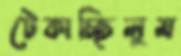
টেকাচ্ছিলুম